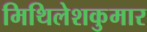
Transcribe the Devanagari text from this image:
मिथिलेशकुमार